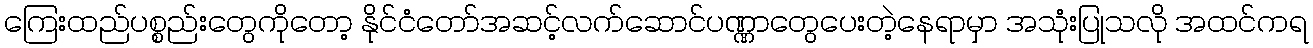
ကြေးထည်ပစ္စည်းတွေကိုတော့ နိုင်ငံတော်အဆင့်လက်ဆောင်ပဏ္ဏာတွေပေးတဲ့နေရာမှာ အသုံးပြုသလို အထင်ကရ